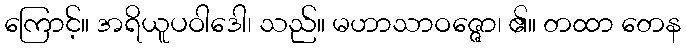
ကြောင့်။ အရိယူပဝါဒေါ၊ သည်။ မဟာသာဝဇ္ဇော၊ ၏။ တထာ တေန